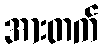
အားတက်